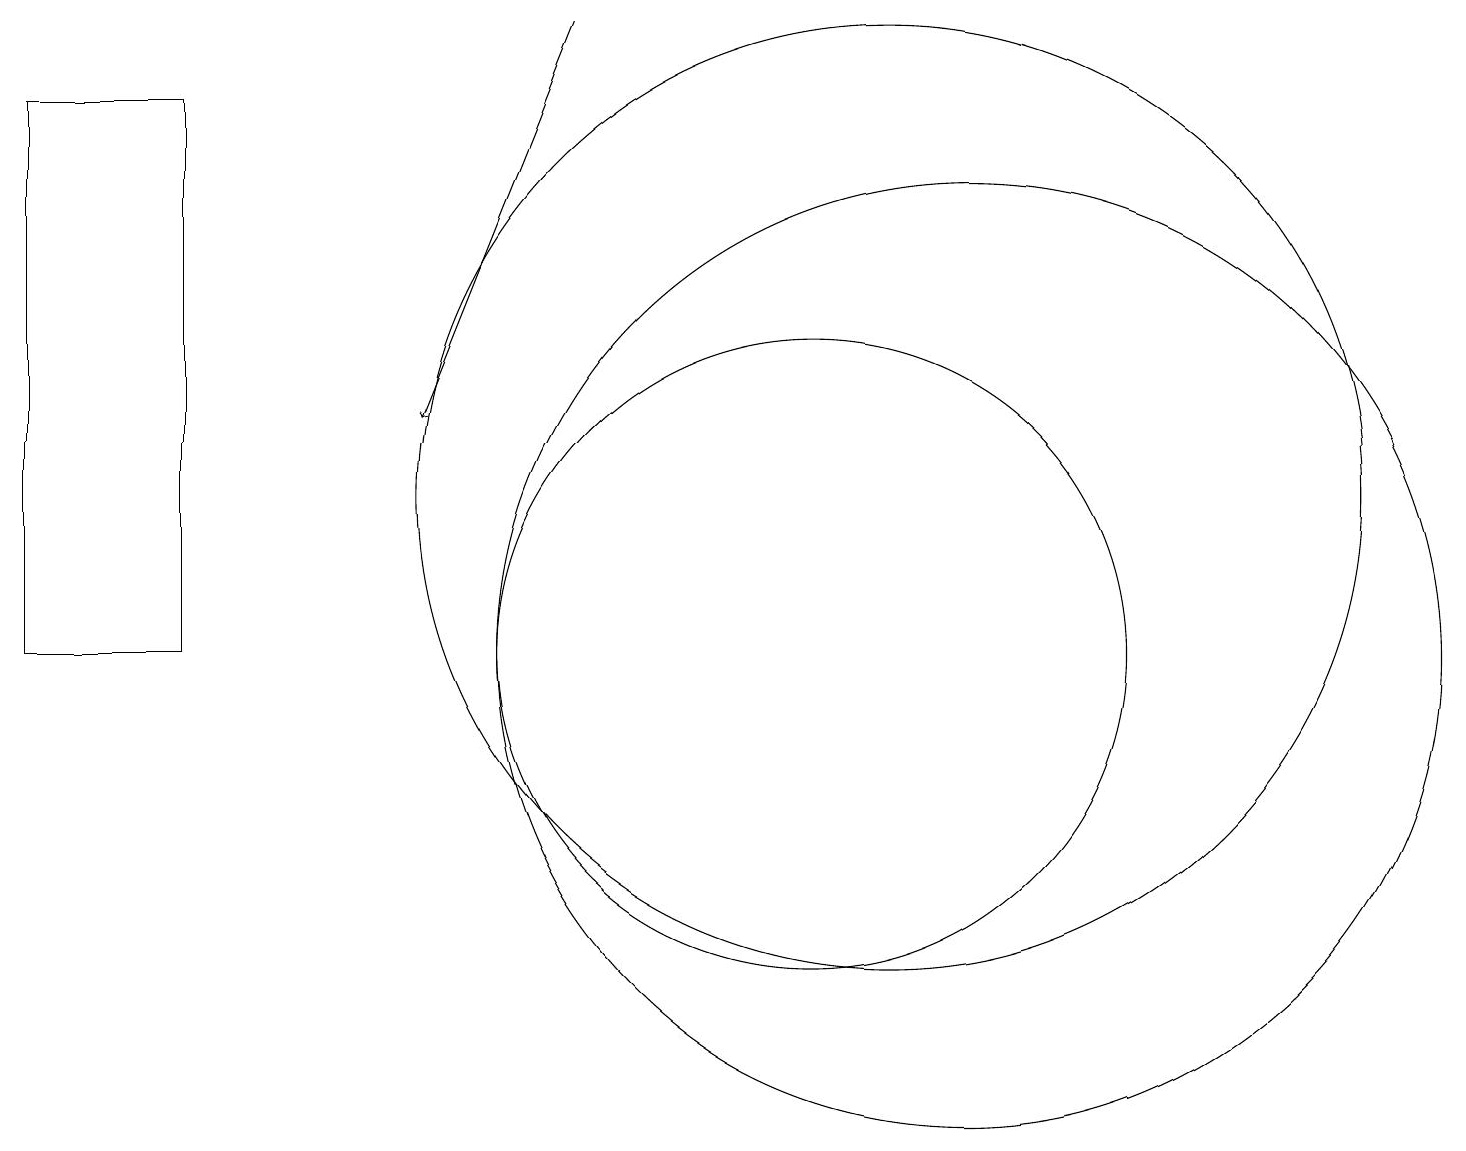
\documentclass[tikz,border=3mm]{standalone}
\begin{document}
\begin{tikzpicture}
\draw (10,10) circle (4);
\draw (11,12) circle (6);
\draw (2,10) rectangle (0,17);
\draw (12,10) circle (6);
\draw (10,11) circle (0);
\draw[->] (7,18) -- (5,13);
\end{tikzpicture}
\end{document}